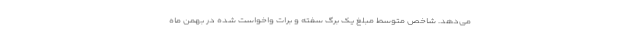
می‌دهد. شاخص متوسط مبلغ یک برگ سفته و برات واخواست شده در بهمن ماه